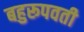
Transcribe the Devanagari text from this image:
बहुरूपवती